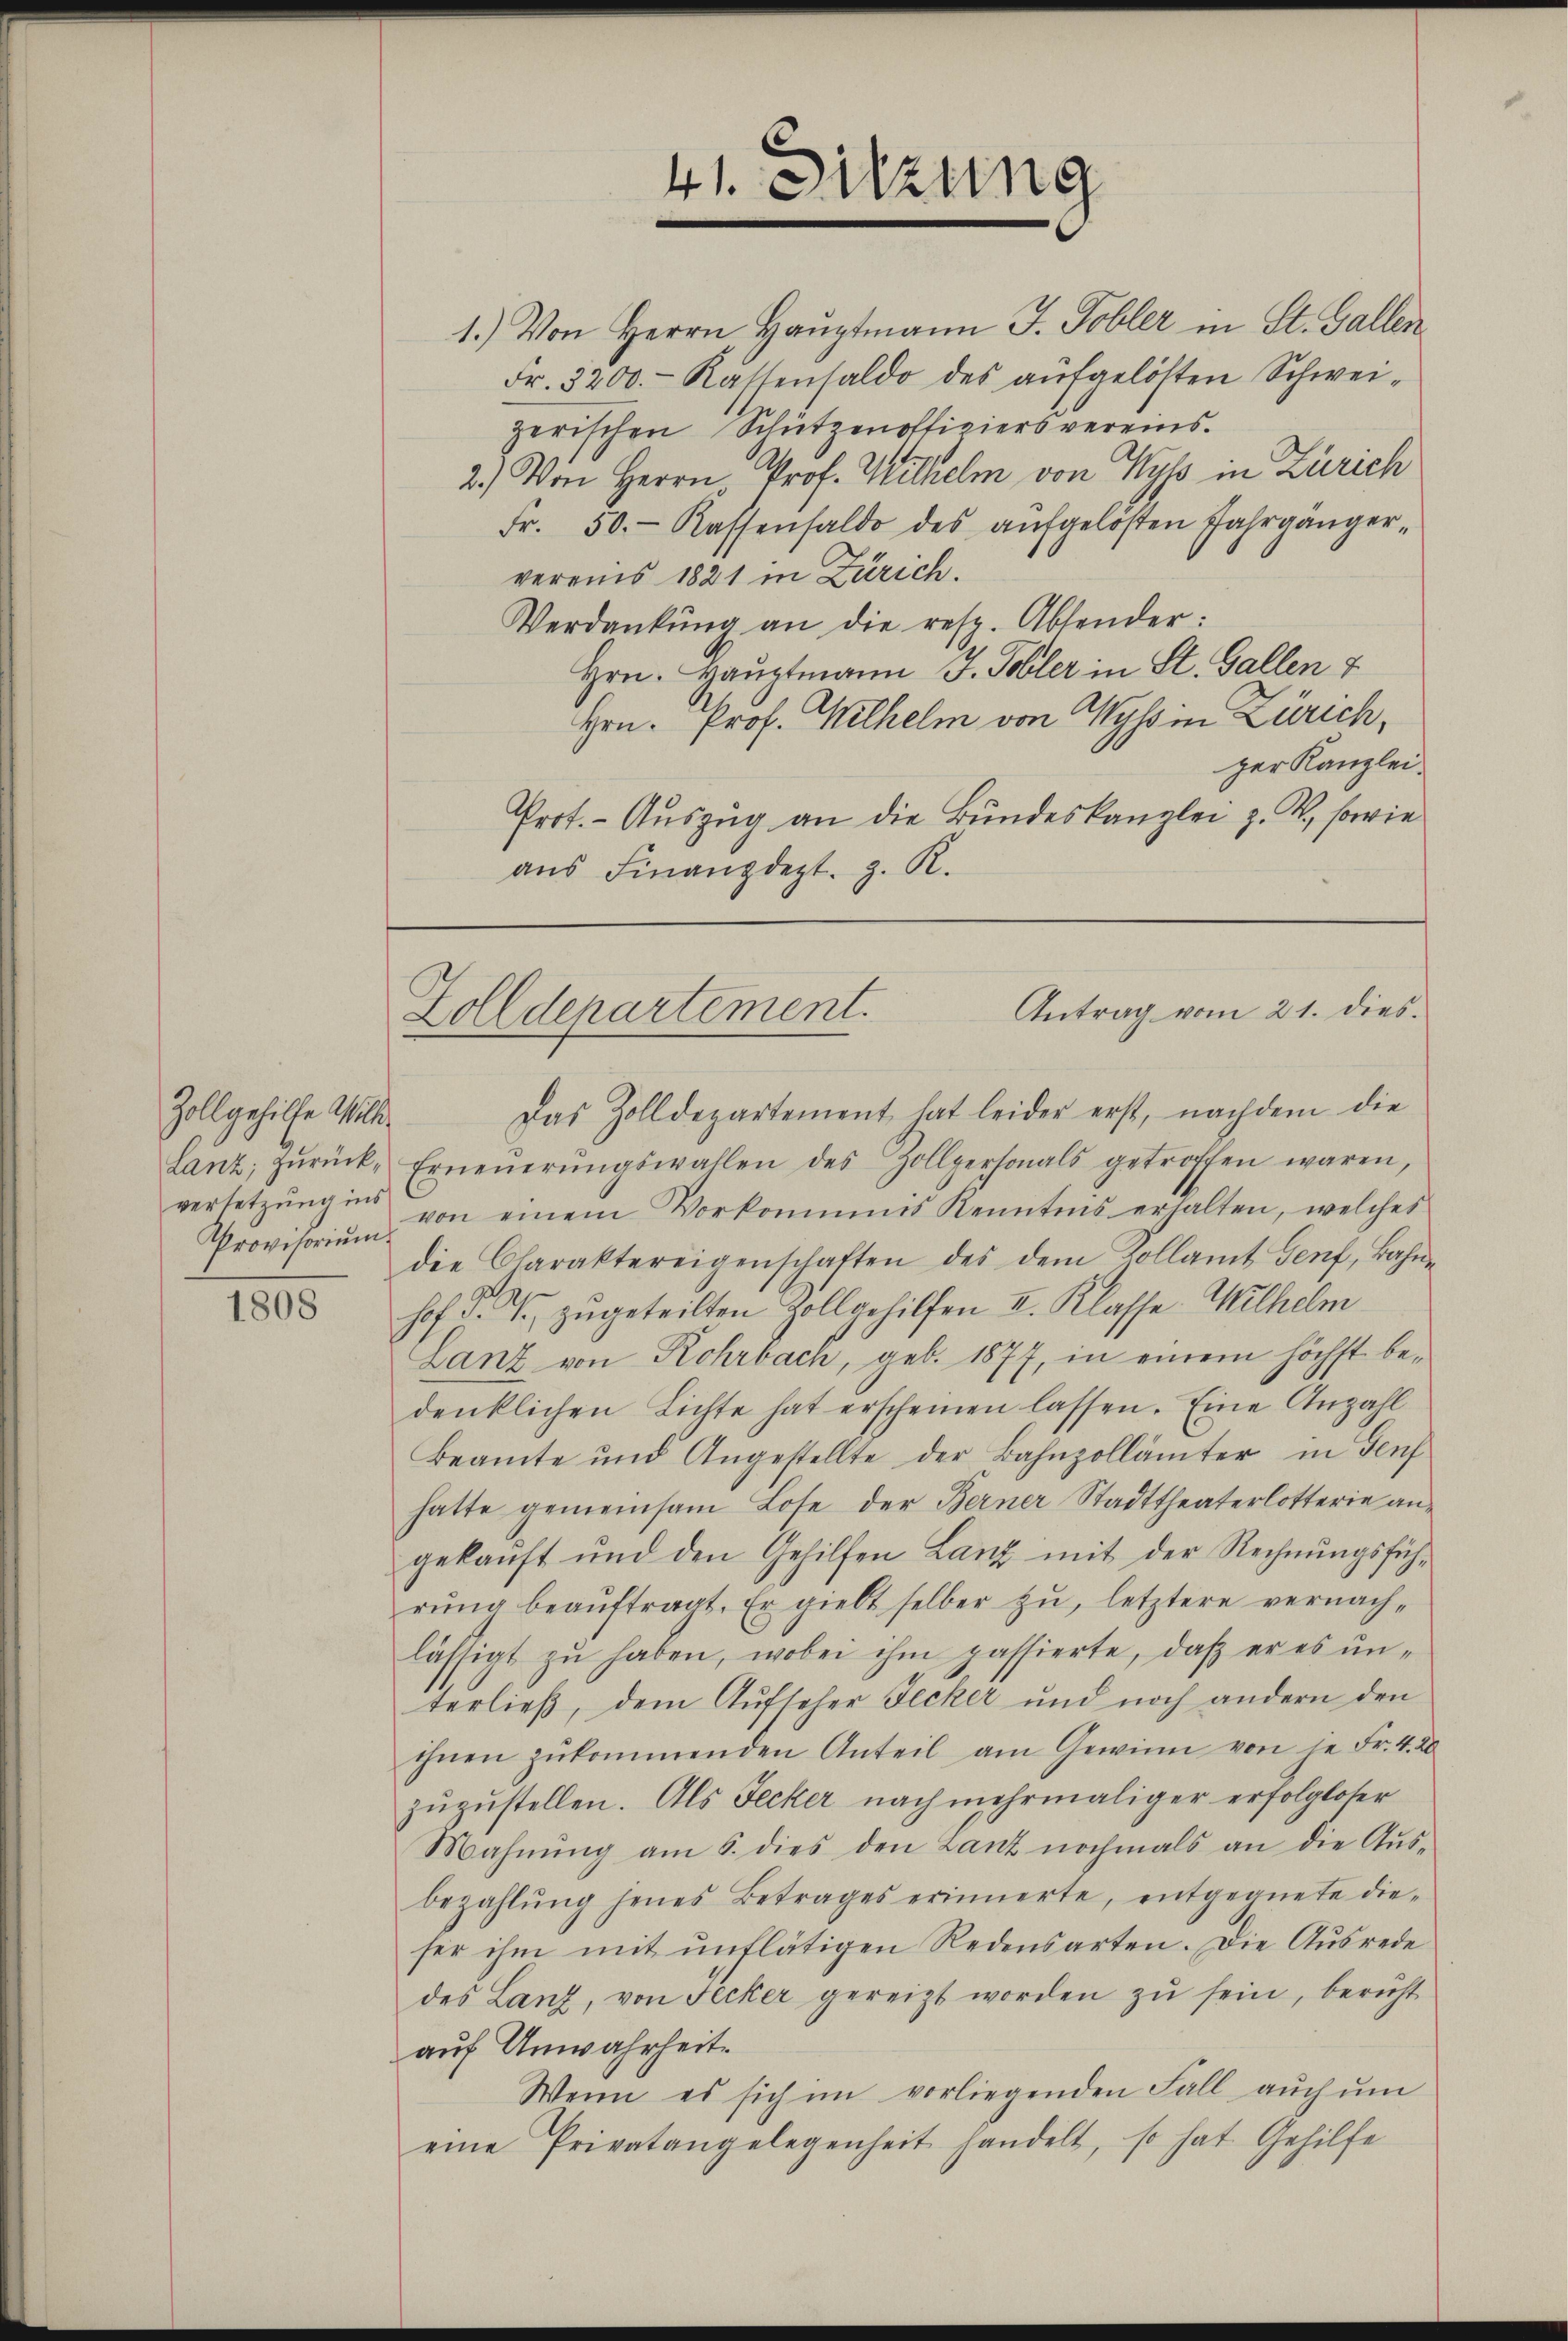
Zollgehilfe Wille¬
Provisorium.

1808

41. Sitzung

1.) Von Herrn Haŭptmann J. Tobler in St. Gallen
Fr. 3200.- Kassensaldo des aufgelösten Schweizerischen Schützenoffiziersvereins.
2.) Von Herrn Prof. Wilhelm von Wyss in Zürich
Fr. 50.- Kassensaldo des aŭfgelösten Jahrgänger-
vereins 1821 in Zürich.
Verdankŭng an die resp. Absender:
Hrn. Hauptmann J. Tobler in St. Gallen 7
Hrn. Prof. Wilhelm von Wyss in Zürich,
ger Kanzlei.
Prot. - Auszug an die Bundeskanzlei z. Z. sowie
aŭs Finanzdezt. z. R.

Antrag vom 21. dies
Zolldepartement.

Das Zolldepartement hat leider erst, nachdem die
lanz, zŭrück. Erneŭerŭngswahlen des Zollpersonals getroffen waren,
versetzŭng ins von einem Vorkommnis Kenntens erhalten, welches
die Charaktereigenschaften des dem Kollamt Genf, Bahne
hof §. 2. zugeteilten Zollgehilfen II. Klasse Wilhelm
Lanz von Rohrbach, geb. 1877, in einem höchst bedenklichen Lichte hat erscheinen lassen. Eine Anzahl
Beamte und Angestellte der Bahnzollämter in Genf
hatte gemeinsam Lose der Berner Stadttheaterlotterie angekauft und den Gehilfen Lanz mit der Rechnŭngsführŭng beaŭftragt. Er giebt selber zŭ, letztere vernach-
lässigt zŭ haben, wobei ihm passierte, daβ er es ŭn-
terließ, dem Aufseher Jecker und noch andern den
ihnen zŭkommenden Anteil am Gewinn von je Fr. 4. 20
zŭzŭstellen. Als Jecker nach mehrmaliger erfolgloser
Mahnŭng am 6. dies den Lanz nochmals an die Aŭs-
bezahlŭng jenes Betrages erinnerte, entgegnete die-
ser ihm mit unflätigen Redensarten. Die Ausrede
des Lanz, von Secker gereizt worden zŭ sein, bericht
auf Unwahrheit.
Wenn es sich im vorliegenden Fall aŭch ŭm
eine Privatangelegenheit handelt, so hat Gehilfe